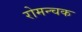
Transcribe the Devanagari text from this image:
रोमन्चक